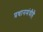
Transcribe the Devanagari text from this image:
प्रधानमंत्रीहै